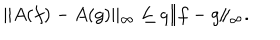
\Vert A ( f ) - A ( g ) \Vert _ { \infty } \leq q \Vert f - g \Vert _ { \infty } .